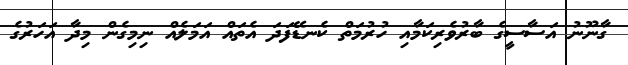
ގާނޫނު އަސާސީގެ ބާރުވެރިކަމާއި ހުރުމަތް ކެނޑޭފަދަ އެތައް އަމަލެއް ނިމިގެން މިދާ އަހަރުގެ